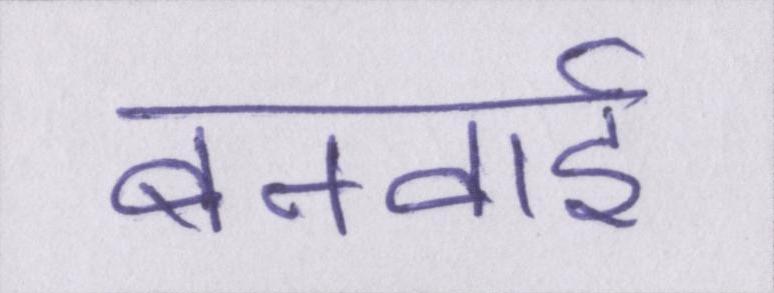
बनवाई